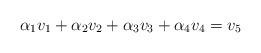
LaTeX: \begin{align*} \alpha_1 v_1 + \alpha_2 v_2 + \alpha_3 v_3 + \alpha_4 v_4 = v_5\end{align*}